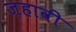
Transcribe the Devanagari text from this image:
ज़हावी